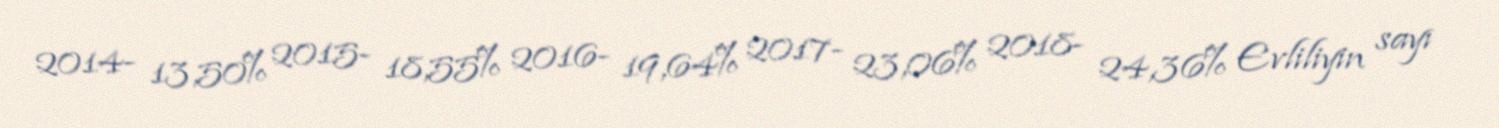
2014- 13,50% 2015- 18,55% 2016- 19,64% 2017- 23,06% 2018- 24,36% Evliliyin sayı